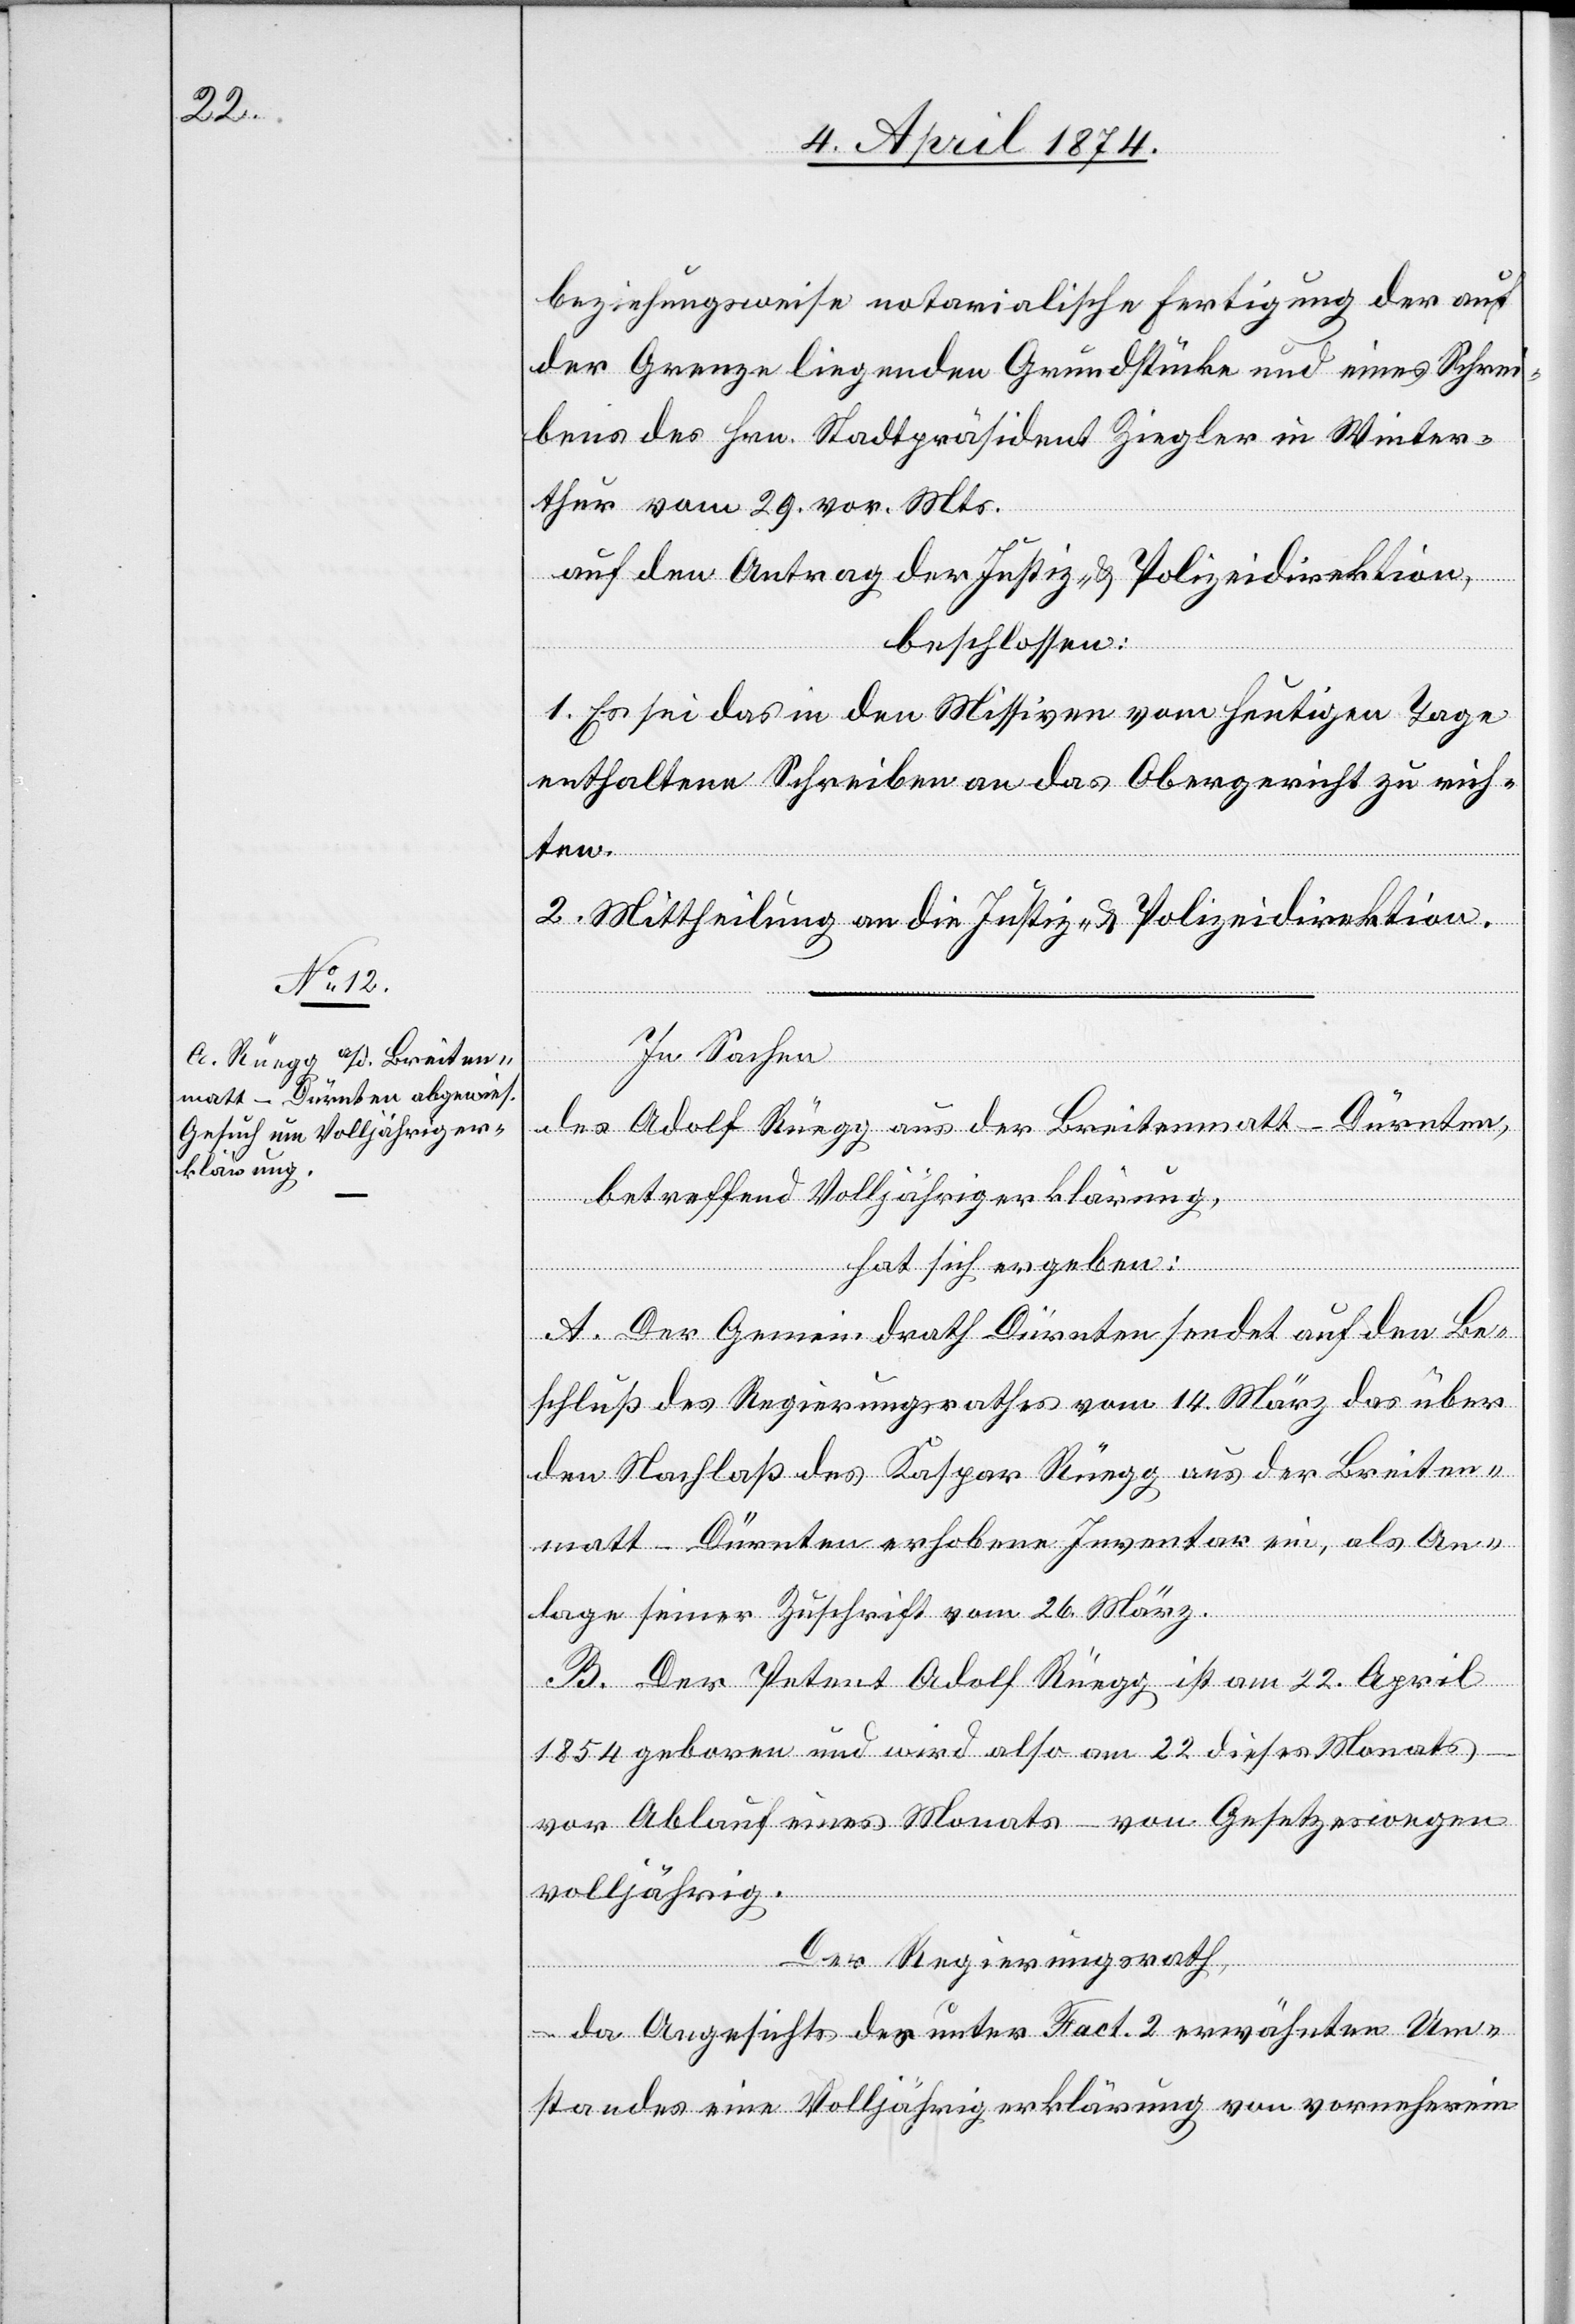
beziehungsweise notarialische Fertigung der auf
der Grenze liegenden Grundstücke und eines Schrei¬
bens des Hrn. Stadtpräsident Ziegler in Winter¬
thur vom 29. vor. Mts.
auf den Antrag der Justiz- u. Polizeidirektion,
beschlossen:
1. Es sei das in den Missiven vom heutigen Tage
enthaltene Schreiben an das Obergericht zu rich¬
ten.
2. Mittheilung an die Justiz- u. Polizeidirektion.
In Sachen
des Adolf Rüegg aus der Breitenmatt-Dürnten,
betreffend Volljährigerklärung,
hat sich ergeben:
A. Der Gemeindrath Dürnten sendet auf den Be¬
schluß des Regierungsrathes vom 14. März das über
den Nachlaß des Kaspar Rüegg aus der Breiten¬
matt-Dürnten erhobene Inventar ein, als An¬
lage seiner Zuschrift vom 26. März.
B. Der Petent Adolf Rüegg ist am 22. April
1854 geboren und wird also am 22 dieses Monates
vor Ablauf eines Monats – von Gesetzeswegen
volljährig.
Der Regierungsrath,
da Angesichts der unter Fact. 2 erwähnten Um¬
standes eine Volljährigerklärung von vorneherein